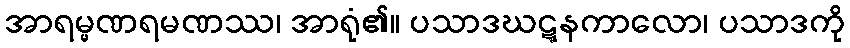
အာရမ္မဏရမဏဿ၊ အာရုံ၏။ ပသာဒဃဋ္ဋနကာလော၊ ပသာဒကို